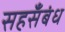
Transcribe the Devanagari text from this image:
सहसँबंध